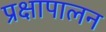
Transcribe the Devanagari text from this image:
प्रक्षापालन